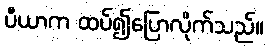
ပီယာက ထပ်၍ပြောလိုက်သည်။